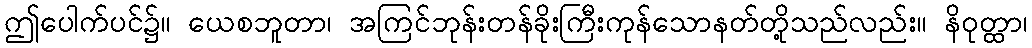
ဤပေါက်ပင်၌။ ယေစဘူတာ၊ အကြင်ဘုန်းတန်ခိုးကြီးကုန်သောနတ်တို့သည်လည်း။ နိဝုတ္ထာ၊